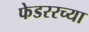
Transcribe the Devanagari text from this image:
फेडररच्या